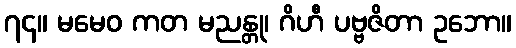
၇၄။ မမေဝ ကတ မညန္တု၊ ဂိဟီ ပဗ္ဗဇိတာ ဥဘော။